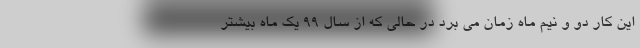
این کار دو و نیم ماه زمان می برد در حالی که از سال ۹۹ یک ماه بیشتر